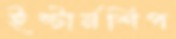
ইন্টার্নশিপ